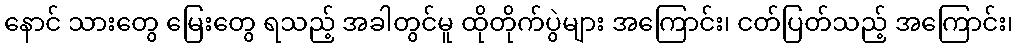
နောင် သားတွေ မြေးတွေ ရသည့် အခါတွင်မူ ထိုတိုက်ပွဲများ အကြောင်း၊ ငတ်ပြတ်သည့် အကြောင်း၊